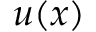
u ( x )